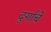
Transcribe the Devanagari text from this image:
दुर्गांचे